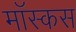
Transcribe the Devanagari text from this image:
मॉस्कस